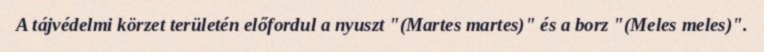
A tájvédelmi körzet területén előfordul a nyuszt "(Martes martes)" és a borz "(Meles meles)".